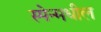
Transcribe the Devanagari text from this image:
स्पेन्मधील